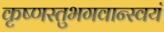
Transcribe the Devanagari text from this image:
कृष्णस्तुभगवान्स्वयं